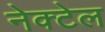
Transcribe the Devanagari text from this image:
नेक्टेल